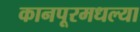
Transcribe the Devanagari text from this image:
कानपूरमधल्या